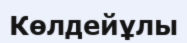
Көлдейұлы